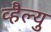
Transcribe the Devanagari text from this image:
व्हैल्यु